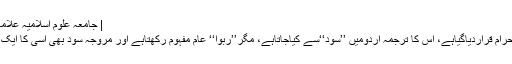
| جامعہ علوم اسلامیہ علامہ محمد یوسف بنوری ٹاؤن
قرآنِ کریم میں ’’ربوا‘‘کو حرام قراردیاگیاہے، اس کا ترجمہ اردومیں ’’سود‘‘سے کیاجاتاہے، مگر’’ربوا‘‘ عام مفہوم رکھتاہے اور مروجہ سود بھی اسی کا ایک فرد اور ایک صورت ہے۔